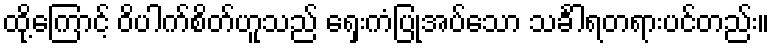
ထို့ကြောင့် ဝိပါက်စိတ်ဟူသည် ရှေးကံပြုအပ်သော သင်္ခါရတရားပင်တည်း။